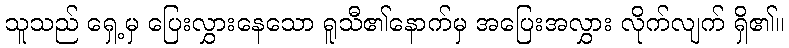
သူသည် ရှေ့မှ ပြေးလွှားနေသော ရူသီ၏နောက်မှ အပြေးအလွှား လိုက်လျက် ရှိ၏။